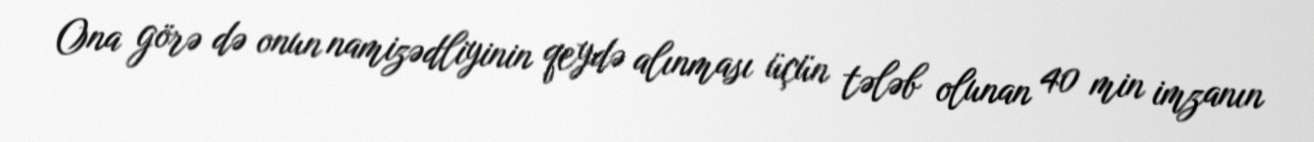
Ona görə də onun namizədliyinin qeydə alınması üçün tələb olunan 40 min imzanın